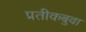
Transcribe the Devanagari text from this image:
प्रतीकबुवा